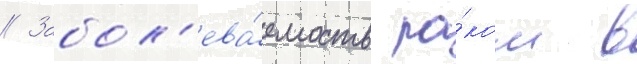
// Забол'ева́емость ра́ком в